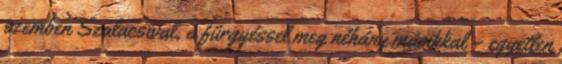
szemben Szalacsival, a fürgyéssel meg néhány másikkal – egyetlen